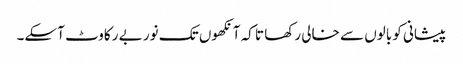
پیشانی کو بالوں سے خالی رکھا تا کہ آنکھوں تک نور بے رکاوٹ آسکے۔